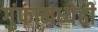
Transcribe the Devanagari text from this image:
गुंफामध्येही